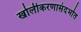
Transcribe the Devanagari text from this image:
खोलीकरणासंदर्भात